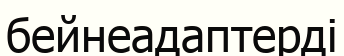
бейнеадаптерді